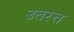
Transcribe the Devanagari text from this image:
उतरत्त